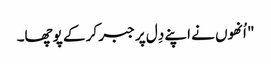
" اُنھوں نے اپنے دِل پر جبر کر کے پوچھا۔